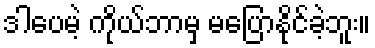
ဒါပေမဲ့ ကိုယ်ဘာမှ မပြောနိုင်ခဲ့ဘူး။